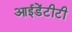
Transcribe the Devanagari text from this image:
आईडेंटीटी